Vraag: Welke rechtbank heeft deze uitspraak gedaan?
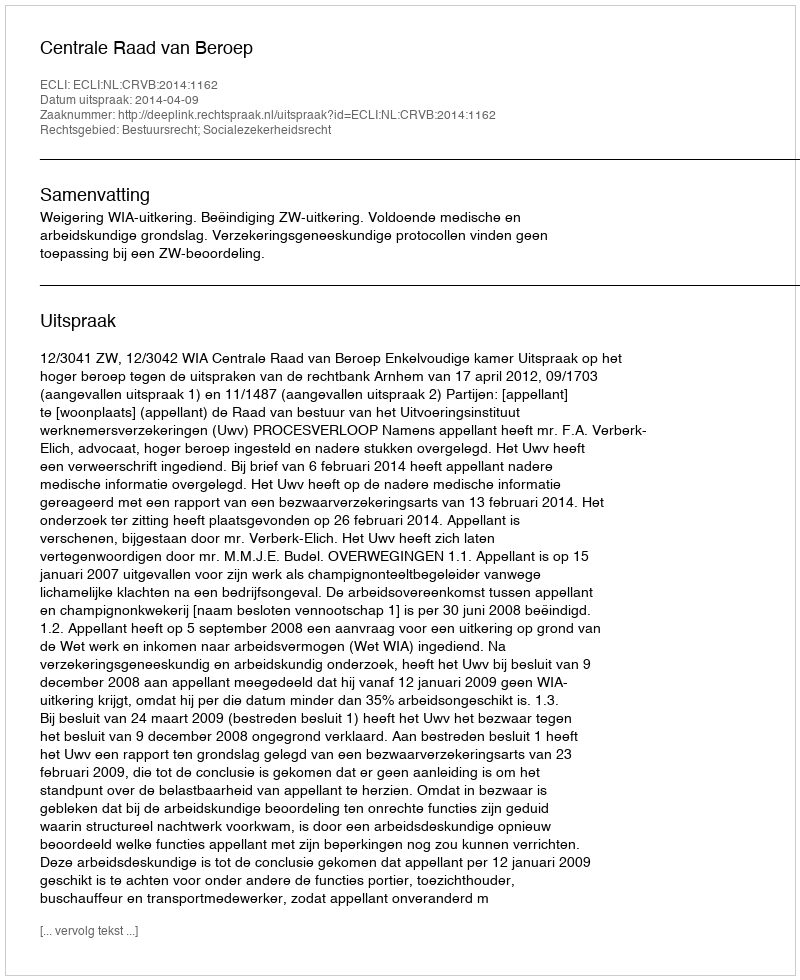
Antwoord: Centrale Raad van Beroep